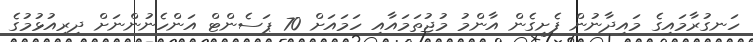
ހަނގުރާމައިގެ މައިދާނުން ފެށިގެން އާންމު މުޖުތަމައާއި ހަމައަށް 70 ޕަސެންޓް އަންހެނުންނަށް ދިރިއުޅުމުގެ